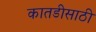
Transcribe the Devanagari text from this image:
कातडीसाठी